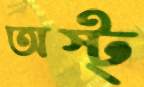
অস্ট্